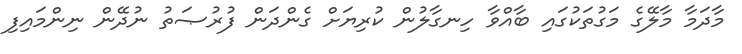
މާދަމާ މާލޭގެ މަގުތަކުގައި ބާއްވާ ހިނގާލުން ކުރިޔަށް ގެންދަން ފުރުޞަތު ނުދޭން ނިންމައިފި